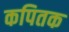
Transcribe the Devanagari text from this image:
कपितक